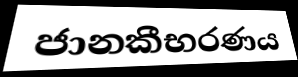
ජානකීභරණය